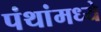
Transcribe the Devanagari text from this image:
पंथांमध्ये